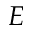
E